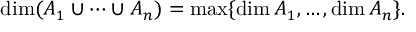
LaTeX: \dim ( A _ { 1 } \cup \dotsb \cup A _ { n } ) = \operatorname* { m a x } \{ \dim A _ { 1 } , \dots , \dim A _ { n } \} .